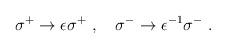
LaTeX: \begin{align*}\sigma^+ \to \epsilon \sigma^+\ ,\quad \sigma^- \to \epsilon^{-1}\sigma^-\ .\end{align*}